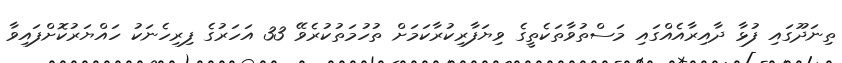
ތިނަދޫގައިި ފުޅާ ދާއިރާއެއްގައި މަސްތުވާތަކެތީގެ ވިޔަފާރިކުރާކަމަށް ތުހުމަތުކުރެވޭ 33 އަހަރުގެ ފިރިހެނަކު ހައްޔަރުކޮށްފައިވާ